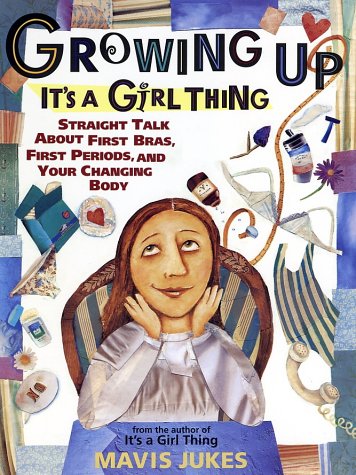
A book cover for Growing Up: It's a Girl Thing; Mavis Jukes; Children's Books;